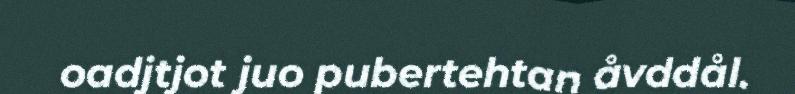
oadjtjot juo pubertehtan åvddål.